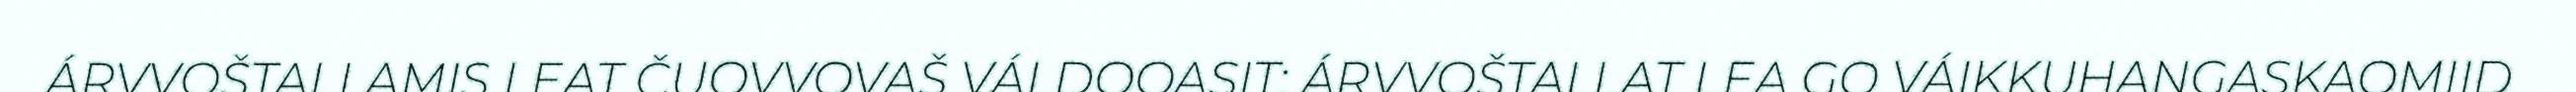
ÁRVVOŠTALLAMIS LEAT ČUOVVOVAŠ VÁLDOOASIT: ÁRVVOŠTALLAT LEA GO VÁIKKUHANGASKAOMIID